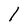
Character: l